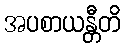
အပစာယန္တီတိ